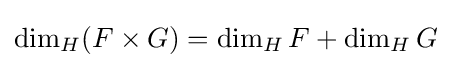
\dim _{H}(F\times G)=\dim _{H}F+\dim _{H}G